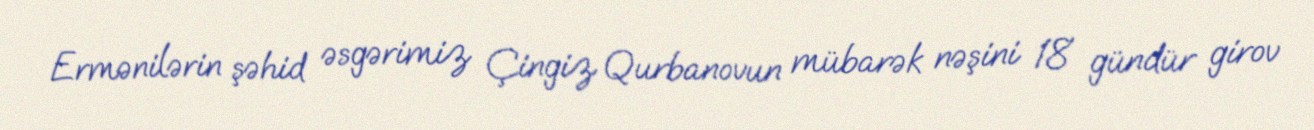
Ermənilərin şəhid əsgərimiz Çingiz Qurbanovun mübarək nəşini 18 gündür girov